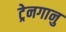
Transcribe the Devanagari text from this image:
ट्रेनगानु